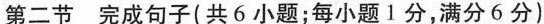
第二节 完成句子(共 6 小题；每小题1 分，满分6分)